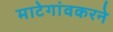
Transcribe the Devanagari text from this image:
माटेगांवकरने